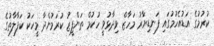
ކުރުމުގެ އަޑުއެހުމުގައި ފަނޑިޔާރު މަހާޒް ވިދާޅުވީ ހުކުމް ތަންފީޒު ކުރަމުންދާ މީހަކު ކަފާލާތުގެ